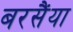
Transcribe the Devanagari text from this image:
बरसैंया